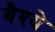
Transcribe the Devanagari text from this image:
बैश्ये